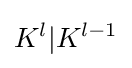
K^{l}|K^{l-1}